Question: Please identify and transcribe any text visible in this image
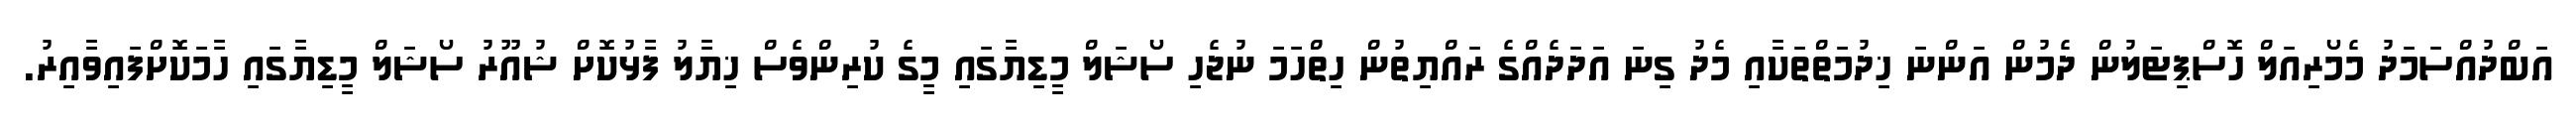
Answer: އަބްދުއްސަމަދު މެމޯރިއަލް ހޮސްޕިޓަލުން ދެމުން އަންނަ ޚިދުމަތްތަކާއި މެދު ގިނަ އަދަދެއްގެ ރައްޔިތުން ހިތްހަމަ ނުޖެހި ސޯޝަލް މީޑިޔާގައި މީގެ ކުރިންވެސް ޚިޔާލު ފާޅުކޮށް ޝުއޫރު ސޯޝަލް މީޑިޔާގައި ހާމަކޮށްފައިވާއިރު.